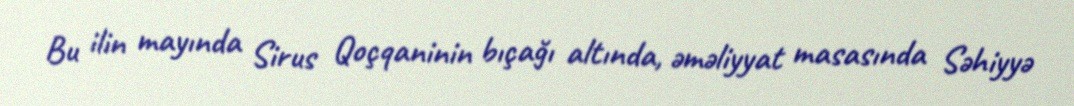
Bu ilin mayında Sirus Qoçqaninin bıçağı altında, əməliyyat masasında Səhiyyə